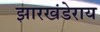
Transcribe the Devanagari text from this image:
झारखंडेराय